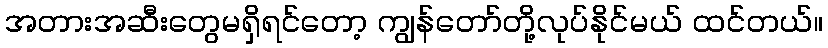
အတားအဆီးတွေမရှိရင်တော့ ကျွန်တော်တို့လုပ်နိုင်မယ် ထင်တယ်။